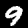
Label: 9